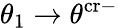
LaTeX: \theta_{1}\to\theta^{\mathrm{cr}-}